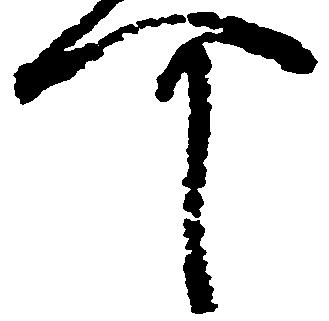
可